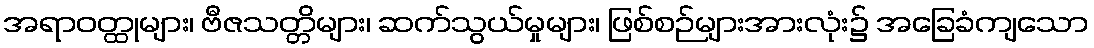
အရာဝတ္ထုများ၊ ဗီဇသတ္တိများ၊ ဆက်သွယ်မှုများ၊ ဖြစ်စဉ်များအားလုံး၌ အခြေခံကျသော